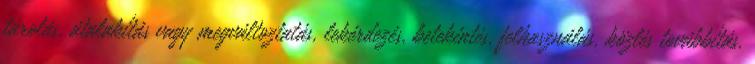
tárolás, átalakítás vagy megváltoztatás, lekérdezés, betekintés, felhasználás, közlés továbbítás,